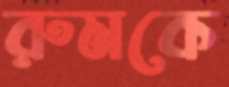
রুমকে